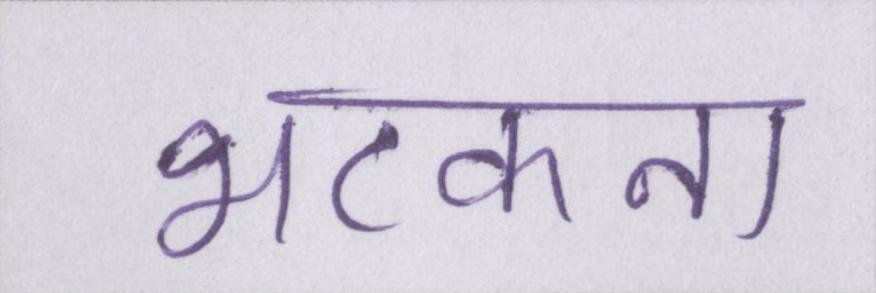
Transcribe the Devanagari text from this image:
भटकना